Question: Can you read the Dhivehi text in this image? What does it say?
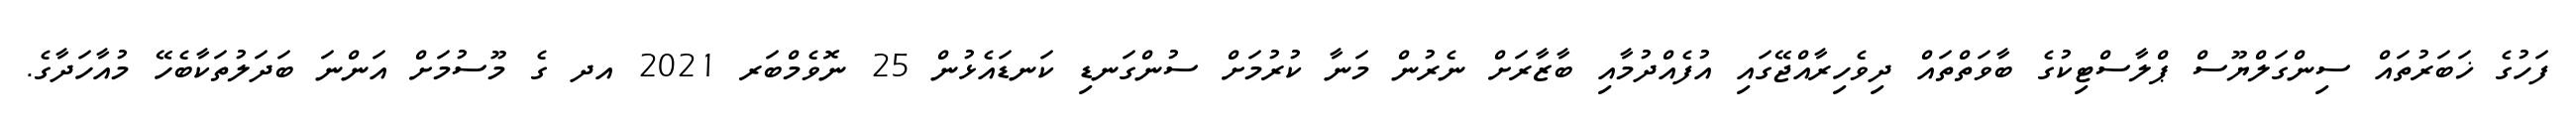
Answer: ފަހުގެ ޚަބަރުތައް ސިންގަލްޔޫސް ޕްލާސްޓިކުގެ ބާވަތްތައް ދިވެހިރާއްޖޭގައި އުފެއްދުމާއި ބާޒާރަށް ނެރުން މަނާ ކުރުމަށް ސުންގަނޑި ކަނޑައެޅުން 25 ނޮވެމްބަރ 2021 އދ ގެ މޫސުމަށް އަންނަ ބަދަލުތަކާބެހޭ މުއާހަދާގެ.